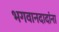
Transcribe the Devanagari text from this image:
भगवानदादांना